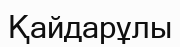
Қайдарұлы